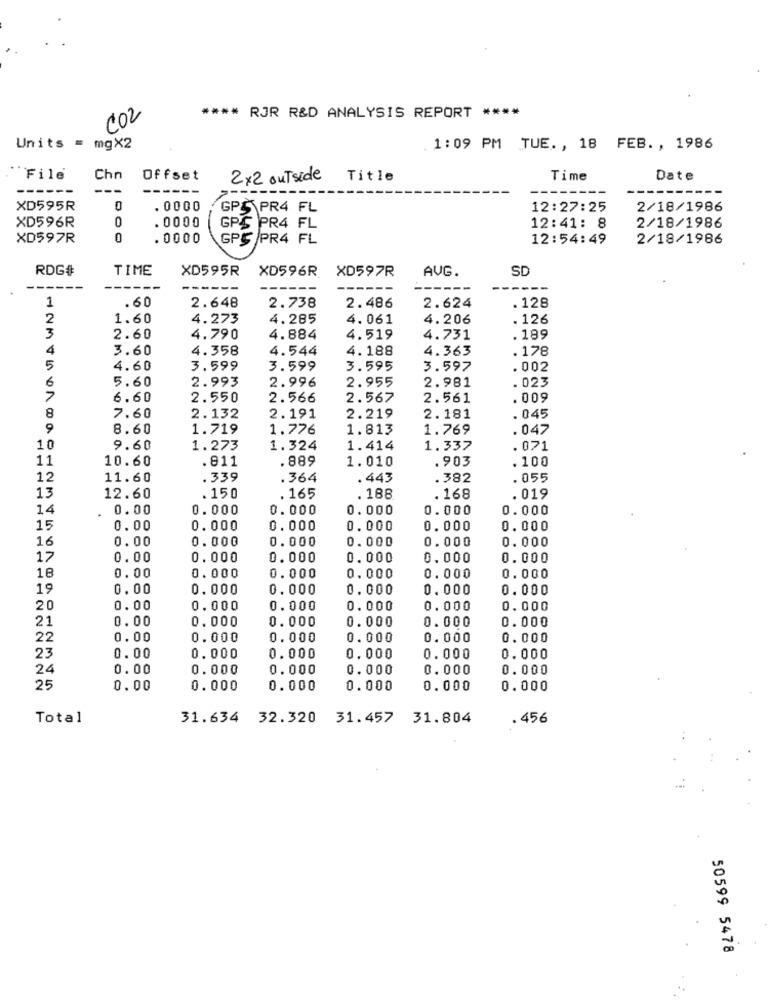
CO2
**** RJR R&D ANALYSIS REPORT ****
Units =
mgX2
1:09 PM TUE. , 18 FEB ., 1986
File
Chn
Offset
2x2 outside
Title
Time
Date
------
------
XD595R
0
. 0000
GPS PR4 FL
12:27:25
2/18/1986
XD596R
0
. 0000
GPS PR4 FL
12:41: 8
2/18/1986
XD597R
0
.0000
GPS PR4 FL
12:54:49
2/18/1986
RDG#
TIME
XD595R
XD596R
XD597R
AUG.
SD
---
---
---
1
.60
2.648
2.738
2.486
2.624
. 128
2
1.60
4.273
4.285
4.061
4.206
. 126
3
2.60
4.790
4.884
4.519
4.731
. 189
4
3.60
4.358
4.544
4.188
4.363
. 178
5
4.60
3.599
3.599
3.595
3.597
. 002
6
5.60
2.993
2.996
2.955
. 023
2.981
7
6.60
2.550
2.566
2.567
2.561
. 009
8
7.60
2.132
2.191
2.219
2.181
. 045
9
8.60
1.719
1.776
1.813
1.769
.047
10
9.60
1.273
1.324
1.414
1.337
.071
11
10.60
. 811
.889
1.010
.903
. 100
12
11.60
.339
.364
. 443
. 382
. 055
13
12.60
.150
.165
. 188
. 168
. 019
14
0.00
0.000
0.000
0. 000
0.000
0.000
15
0.00
0.000
0.000
0.000
0.000
0.000
16
0.00
0.000
0.000
0. 000
0.000
0.000
17
0.00
0. 000
0.000
0.000
0.000
0.000
18
0.00
0.000
0.000
0.000
0.000
0.000
19
0.00
0.000
0.000
0.000
0.000
0.000
20
0.00
0.000
0.000
0.000
0.000
0.000
21
0.00
0. 000
0.000
0.000
0.000
0.000
22
0.00
0.000
0.000
0.000
0.000
0.000
23
0.00
0.000
0.000
0.000
0.000
0.000
24
0.00
0.000
0.000
0.000
0.000
0.000
25
0.00
0.000
0.000
0.000
0.000
0.000
Total
31.634 32.320 31.457 31.804
.456
50599 5478